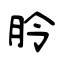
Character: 朎